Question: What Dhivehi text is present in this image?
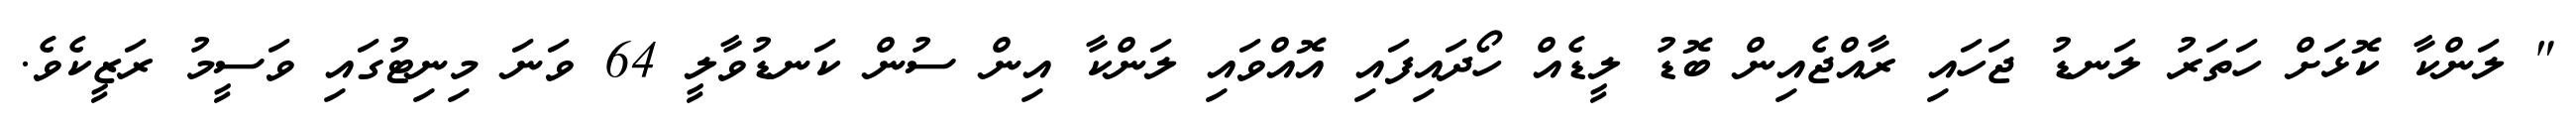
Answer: " ލަންކާ ކޮޅަށް ހަތަރު ލަނޑު ޖަހައި ރާއްޖެއިން ބޮޑު ލީޑެއް ހޯދައިފައި އޮއްވައި ލަންކާ އިން ސުން ކަނޑުވާލީ 64 ވަނަ މިނިޓުގައި ވަސީމު ރަޒީކެވެ.